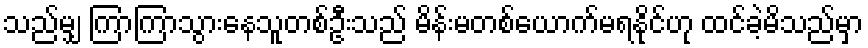
သည်မျှ ကြာကြာသွားနေသူတစ်ဦးသည် မိန်းမတစ်ယောက်မရနိုင်ဟု ထင်ခဲ့မိသည်မှာ